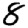
Digit: 8